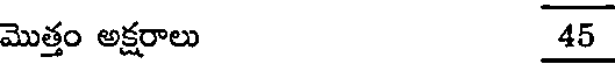
మొత్తం అక్షరాలు 45